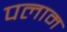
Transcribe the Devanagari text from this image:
पलाम